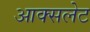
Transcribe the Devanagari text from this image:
आक्सलेट